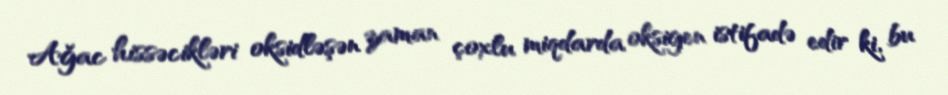
Ağac hissəcikləri oksidləşən zaman çoxlu miqdarda oksigen istifadə edir ki, bu